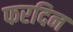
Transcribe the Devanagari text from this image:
फरदिन